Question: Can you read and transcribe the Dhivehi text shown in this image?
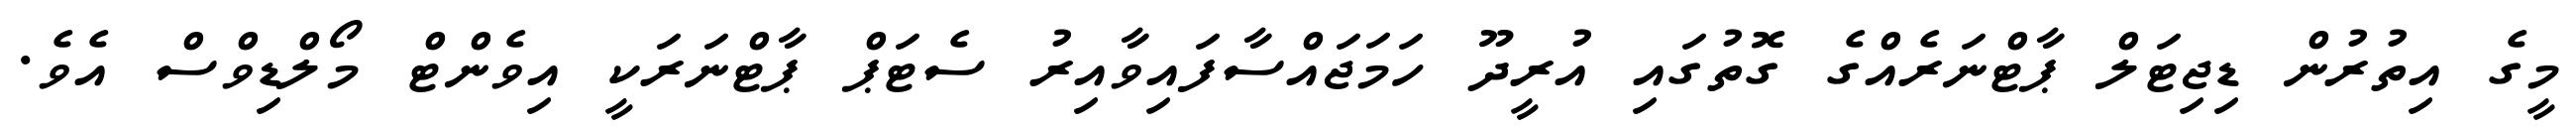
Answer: މީގެ އިތުރުން ޑިޖިޓަލް ޕާޓްނަރެއްގެ ގޮތުގައި އުރީދޫ ހަމަޖައްސާފައިވާއިރު ސެޓަޕް ޕާޓްނަރަކީ އިވެންޓް މޯލްޑިވްސް އެވެ.